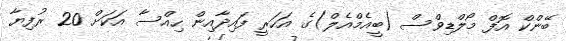
ބޭންކް އޮފް މޯލްޑިވްސް (ބީއެމްއެލް)ގެ އަހަރީ ފައިދާއިން ހިއްސާ އަކަށް 20 ރުފިޔާ